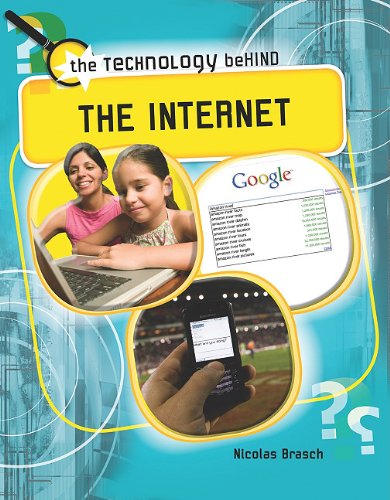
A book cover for The Internet (The Technology Behind); Nicolas Brasch; Children's Books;